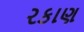
રકાણ